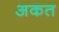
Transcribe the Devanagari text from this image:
अकत